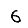
Digit: 6